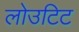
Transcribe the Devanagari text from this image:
लोउटिट